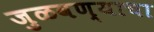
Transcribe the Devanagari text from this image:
जुळवण्याचा